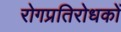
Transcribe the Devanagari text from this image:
रोगप्रतिरोधकों